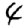
Digit: 4